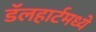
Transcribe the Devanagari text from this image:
डॅलहार्टमध्ये